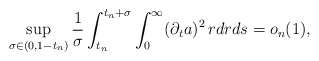
\begin{align*}\sup_{\sigma\in(0,1-t_n)}\frac{1}{\sigma}\int_{t_n}^{t_n+\sigma}\int_0^{\infty}(\partial_ta)^2\,rdrds=o_n(1),\end{align*}